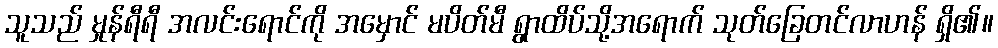
သူသည် မှုန်ရီရီ အလင်းရောင်ကို အမှောင် မပိတ်မီ ရွာထိပ်သို့အရောက် သုတ်ခြေတင်လာဟန် ရှိ၏။